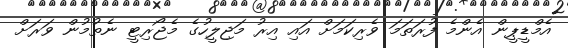
އެމްޑީޕީން އެންމެ ފުރަތަމަ ވެރިކަމަށް އައި އިރު މަޖިލީހުގެ މެޖޯރިޓީ ނެތުމުން ވަރަށް